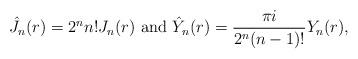
LaTeX: \begin{align*}\hat J_n(r) = 2^n n! J_n(r) \mbox{ and } \hat Y_n(r) = \frac{\pi i}{2^{n} (n-1)!} Y_n(r), \end{align*}